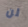
لن